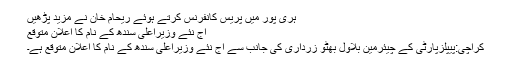
ہری پور میں پریس کانفرنس کرتے ہوئے ریحام خان نے مزید پڑھیں
آج نئے وزیراعلی سندھ کے نام کا اعلان متوقع
کراچی:پیپلزپارٹی کے چیئرمین بلاول بھٹو زرداری کی جانب سے آج نئے وزیراعلی سندھ کے نام کا اعلان متوقع ہے۔